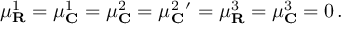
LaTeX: \mu _ { \mathbf { R } } ^ { 1 } = \mu _ { \mathbf { C } } ^ { 1 } = \mu _ { \mathbf { C } } ^ { 2 } = \mu _ { \mathbf { C } } ^ { 2 \, \, \, \prime } = \mu _ { \mathbf { R } } ^ { 3 } = \mu _ { \mathbf { C } } ^ { 3 } = 0 \, .